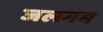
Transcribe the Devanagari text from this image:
जलगम